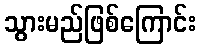
သွားမည်ဖြစ်ကြောင်း